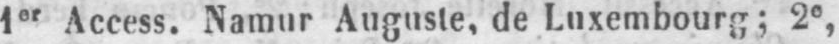
1er Access. Namur Auguste, de Luxembourg; 2e,